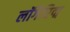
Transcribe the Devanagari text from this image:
लॉगैरिद्म